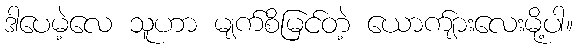
ဒါပေမဲ့လေ သူဟာ မျက်စိမြင်တဲ့ ယောက်ျားလေးမို့ပါ။